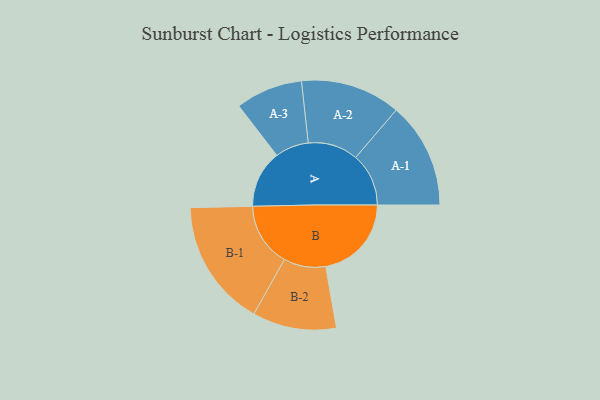
{"axis": {"x": "Segment", "y": "Value"}, "legend": ["", "A", "B"], "data": [{"x": "A", "y": 219, "type": ""}, {"x": "B", "y": 327, "type": ""}, {"x": "A-1", "y": 202, "type": "A"}, {"x": "A-2", "y": 191, "type": "A"}, {"x": "A-3", "y": 128, "type": "A"}, {"x": "B-1", "y": 243, "type": "B"}, {"x": "B-2", "y": 160, "type": "B"}]}